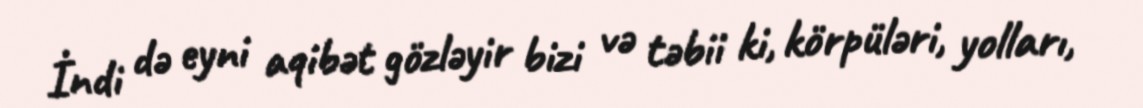
İndi də eyni aqibət gözləyir bizi və təbii ki, körpüləri, yolları,